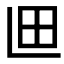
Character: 𮴽